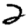
Digit: 2